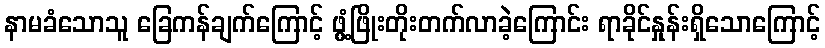
နာမခံသောသူ ခြေကန်ချက်ကြောင့် ဖွံ့ဖြိုးတိုးတက်လာခဲ့ကြောင်း ရာခိုင်နှုန်းရှိသောကြောင့်